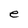
Character: e